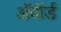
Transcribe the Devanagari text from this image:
अॅवॉर्ड